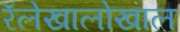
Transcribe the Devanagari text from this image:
रॅलेखालोखाल